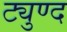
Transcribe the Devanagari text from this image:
ट्युण्द